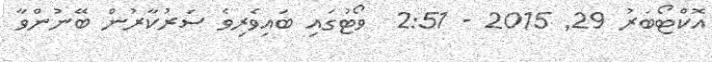
އޮކްޓޯބަރު 29